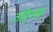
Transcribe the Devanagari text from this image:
तद्विपयक